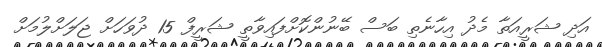
އަދި ޝަރީއަތާ މެދު އިހާނެތި ބަސް ބޭނުންކޮށްފައިވާތީ ޝަރީފް 15 ދުވަހަށް ޖަލަށްލުމަށް